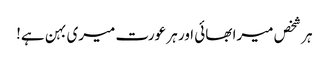
ہر شخص میرا بھائی اور ہر عورت میری بہن ہے!